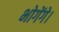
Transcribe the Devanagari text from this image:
भोगेंगे।